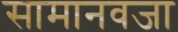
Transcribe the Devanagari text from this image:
सामानवजा